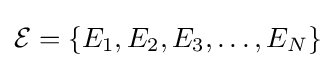
{\mathcal {E}}=\{E_{1},E_{2},E_{3},\ldots ,E_{N}\}